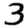
Digit: 3